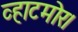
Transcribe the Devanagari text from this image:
व्हाटमोर।